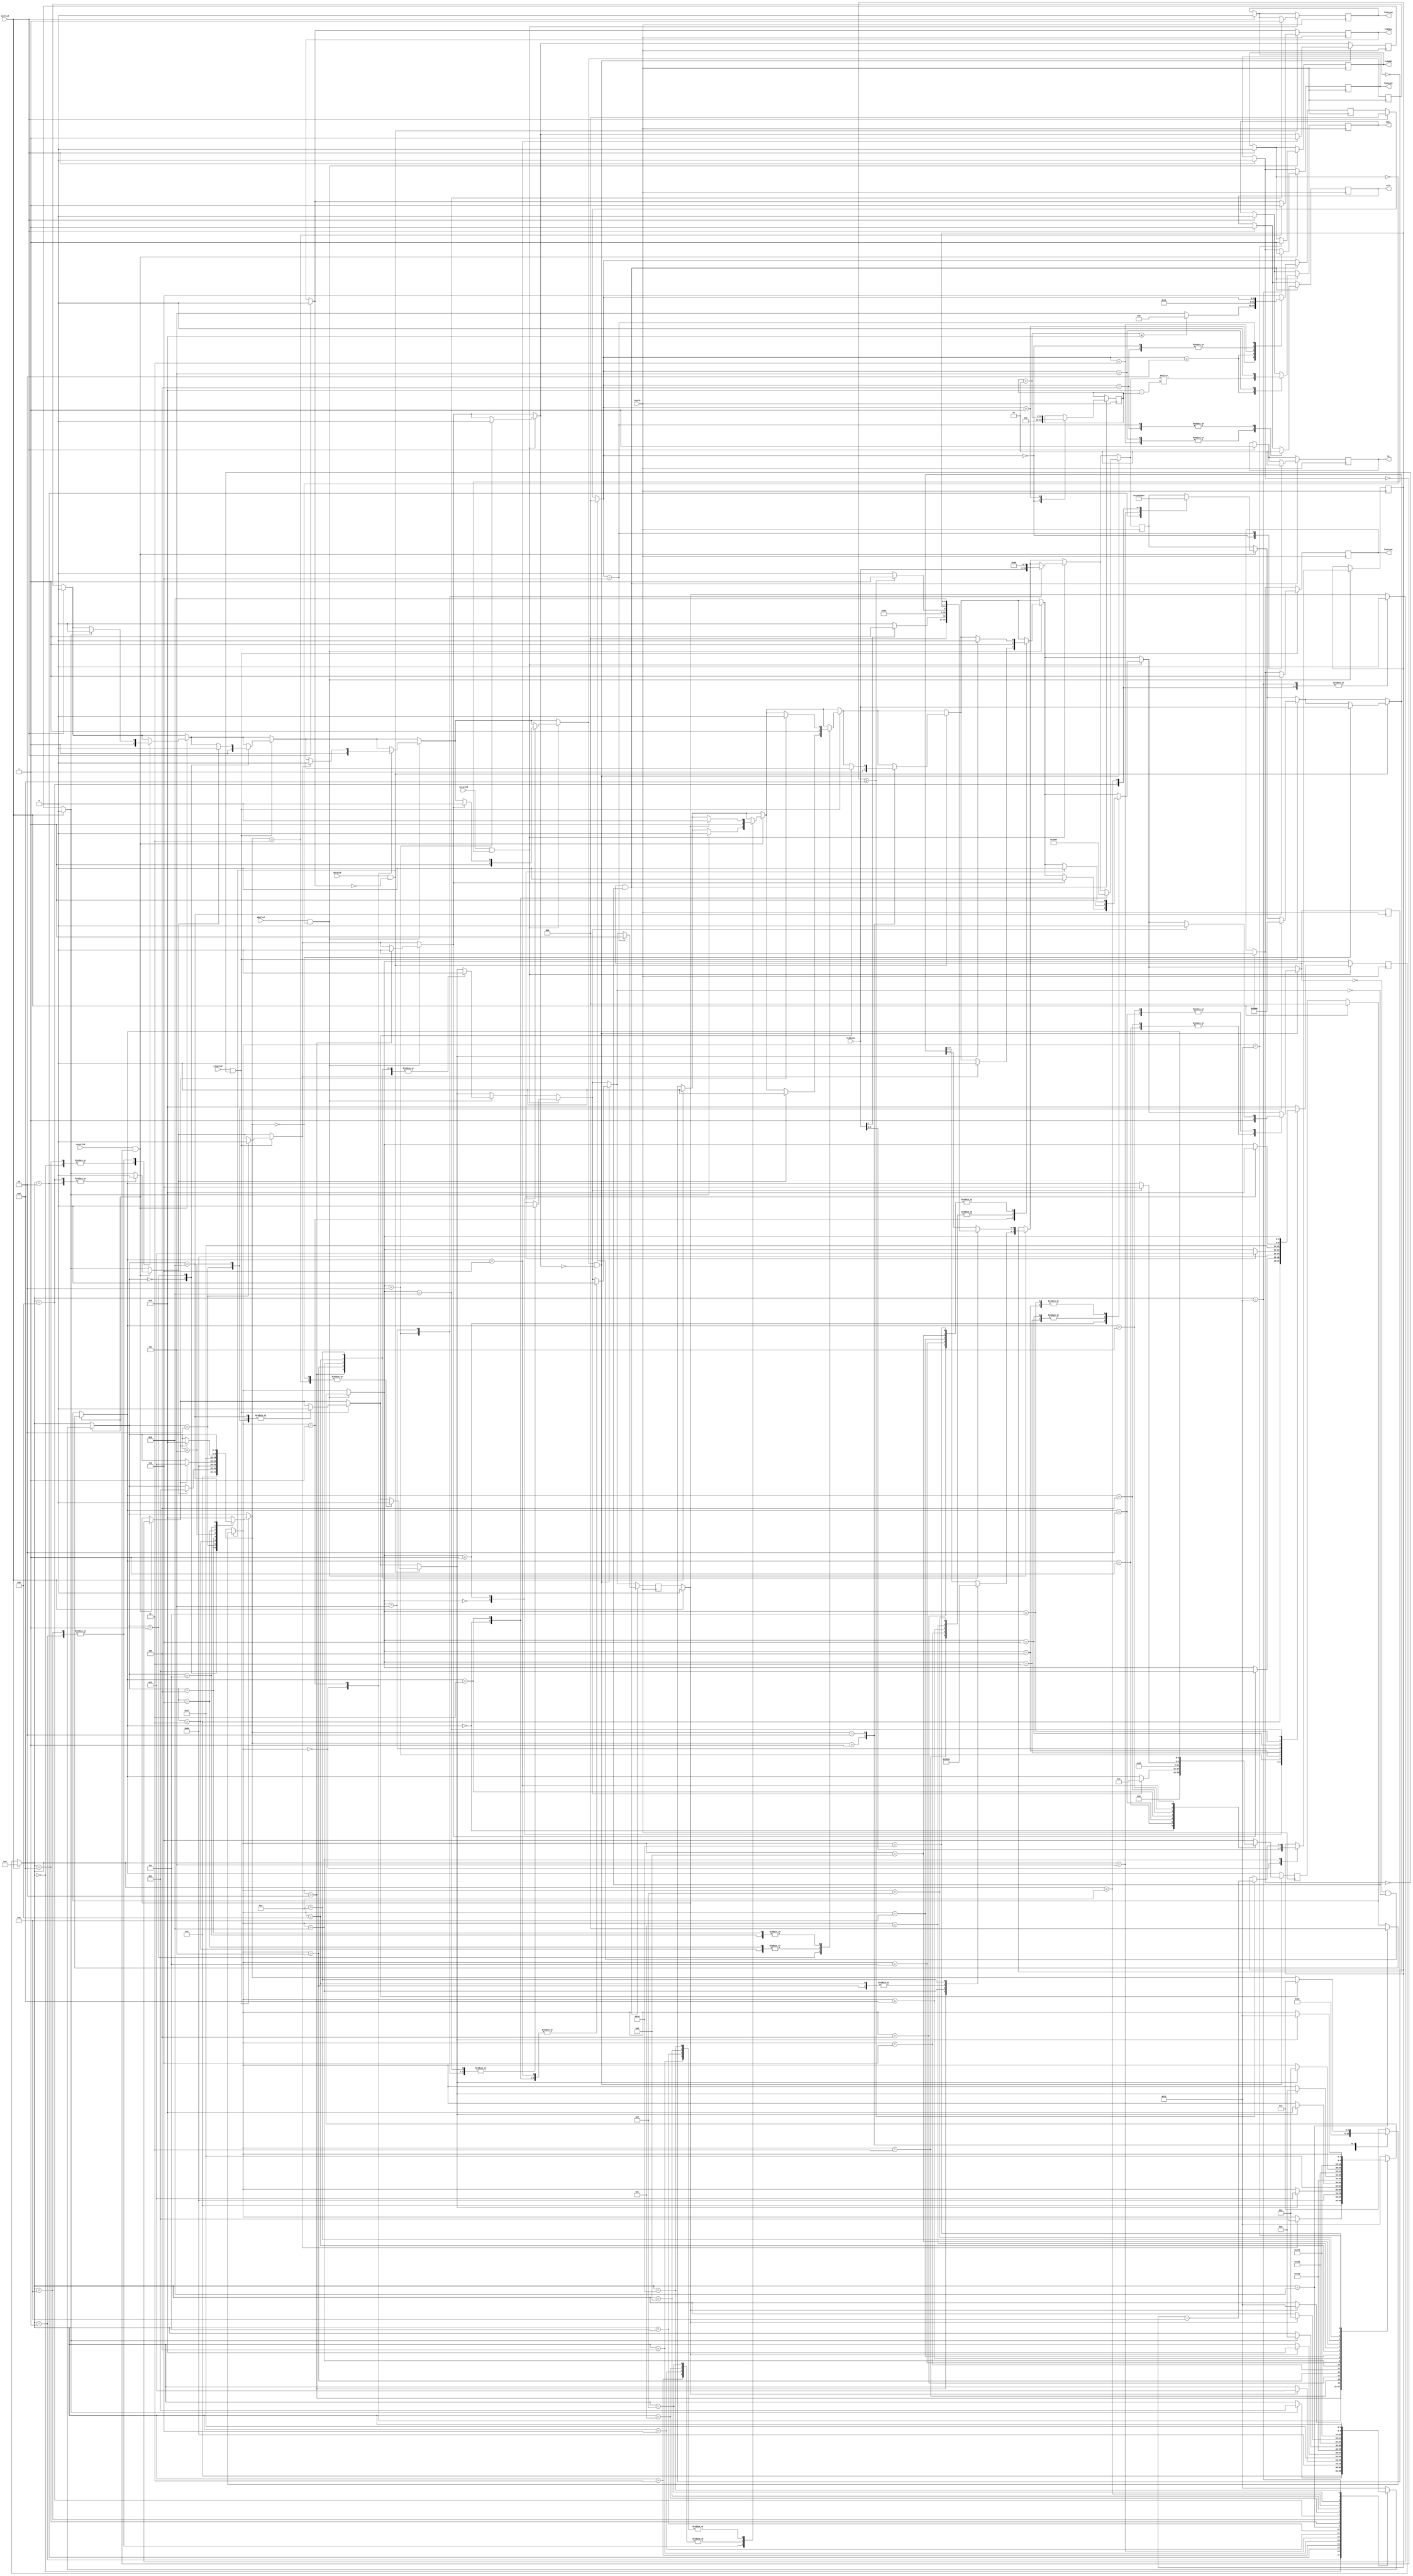
// Serial Interface Liquid Crystal Display clslcd.v
// c 2012 Embedded Design using Programmable Gate Arrays  Dennis Silage

module clslcd(input lcdclk, initlcd, resetlcd, clearlcd, datalcd,
				  input addrlcd, input eraselcd, output reg lcdreset,
				  output reg lcdclear, output reg lcddata, output reg lcdaddr,
				  output reg lcderase, output reg ss, output reg mosi,
				  output reg sclk, input [7:0] lcddatin);

integer i;

reg [4:0] lcdstate;		// state register
reg [2:0] prestate;		// prefix state register
reg [2:0] sndstate;		// send state register
reg [7:0] lcdd;			// LCD data 
reg [3:0] ddat;			// data
reg snddat;					// send data
reg datsnd;					// data sent
reg predat;					// send prefix data
reg datpre;					// prefix data sent
							
always@(posedge lcdclk)
	begin
	
//initialize	

	if (initlcd==1)
			begin
				lcdreset=0;
				lcdclear=0;
				lcddata=0;
				lcdaddr=0;
				lcderase=0;
				lcdstate=0;
				prestate=0;
				sndstate=0;
				snddat=0;
				datsnd=0;
				predat=0;
				datpre=0;
				ss=1;
				mosi=0;
				sclk=1;
			end
	
// reset LCD
 
		if (resetlcd==1 && lcdreset==0)
			begin
				case (lcdstate)
					0: begin
							predat=1;	//send prefix
							lcdstate=1;
						end
					1:	begin
							if (datpre==1)
								begin
									predat=0;
									snddat=0;
									lcdstate=2;
								end
						end
					2: begin
							datpre=0;	
							datsnd=0;
							lcdd=49;		//'1' LCD on
							lcdstate=3;
						end
					3: begin
							snddat=1;
							lcdstate=4;
						end
					4:	begin
							if (datsnd==1)
								begin
									snddat=0;
									lcdstate=5;
								end
						end
					5: begin
							datsnd=0;
							lcdd=101;	//'e'
							lcdstate=6;
						end
					6: begin
							snddat=1;
							lcdstate=7;
						end
					7: begin
							if (datsnd==1)
								begin
									snddat=0;
									lcdstate=8;
								end
						end
					8: begin
							datsnd=0;
							prestate=0;
							lcdstate=9;
						end
					9: begin
							predat=1;	//send prefix
							lcdstate=10;
						end
					10: begin
							if (datpre==1)
								begin
									predat=0;
									snddat=0;
									lcdstate=11;
								end
						end
					11: begin
							datpre=0;	
							datsnd=0;
							lcdd=48;		//'0' cursor off, blink off
							lcdstate=12;
						end
					12: begin
							snddat=1;
							lcdstate=13;
						end
					13: begin
							if (datsnd==1)
								begin
									snddat=0;
									lcdstate=14;
								end
						end
					14: begin
							datsnd=0;
							lcdd=99;		//'c'
							lcdstate=15;
						end
					15: begin
							snddat=1;
							lcdstate=16;
						end
					16: begin
							if (datsnd==1)
								begin
									snddat=0;
									lcdstate=17;
								end
						end
					17: begin
							datsnd=0;
							lcdreset=1;
						end
					default: lcdstate=17;
				endcase
			end

// clear and home LCD
 
		if (clearlcd==1 && lcdclear==0)
			begin
				case (lcdstate)
					0: begin
							predat=1;	//send prefix
							lcdstate=1;
						end
					1:	begin
							if (datpre==1)
								begin
									predat=0;
									snddat=0;
									lcdstate=2;
								end
						end
					2: begin
							datpre=0;	
							datsnd=0;
							lcdd=48;			//'0'
							lcdstate=3;
						end
					3: begin
							snddat=1;
							lcdstate=4;
						end
					4: begin
							if (datsnd==1)
								begin
									snddat=0;
									lcdstate=5;
								end
						end
					5: begin
							datsnd=0;
							lcdd=106;		//'j'
							lcdstate=6;
						end
					6: begin
							snddat=1;
							lcdstate=7;
						end
					7:	begin
							if (datsnd==1)
								begin
									snddat=0;
									lcdstate=8;
								end
						end
					8: begin
							datsnd=0;
							lcdclear=1;
						end
					default: lcdstate=8;
				endcase
			end
			
// send 8-bit data to LCD 

		if (datalcd==1 && lcddata==0)
			begin
				case (lcdstate)
					0: begin	
							datsnd=0;
							lcdd=lcddatin;		//8-bit character data
							lcdstate=1;
						end
					1: begin
							snddat=1;
							lcdstate=2;
						end
					2: begin
							if (datsnd==1)
								begin
									snddat=0;
									lcdstate=3;
								end
						end
					3: begin
							datsnd=0;
							lcddata=1;
							lcdstate=3;
						end
					default: lcdstate=3;
				endcase
			end

// set row and column LCD cursor address
 
		if (addrlcd==1 && lcdaddr==0)
			begin
				case (lcdstate)
					0: begin
							ddat[3:0]=lcddatin[3:0];
							predat=1;		//send prefix
							lcdstate=1;
						end
					1:	begin
							if (datpre==1)
								begin
									predat=0;
									snddat=0;
									lcdstate=2;
								end
						end
					2: begin
							datpre=0;	
							datsnd=0;					
							if (lcddatin[7]==0)
								lcdd=48;		//row '0'
							else
								lcdd=49;		//row '1'
							lcdstate=3;
						end
					3: begin
							snddat=1;
							lcdstate=4;
						end
					4: begin
							if (datsnd==1)
								begin
									snddat=0;
									lcdstate=5;
								end
						end
					5: begin
							datsnd=0;
							lcdd=59;			//';'
							lcdstate=6;
						end
					6: begin
							snddat=1;
							lcdstate=7;
						end
					7: begin
							if (datsnd==1)
								begin
									snddat=0;
									lcdstate=8;
								end
						end
					8: begin
							if (ddat>=9)
								begin
									lcdd=49;	//column MS ASCII digit '1'
									ddat=ddat-10;
								end
						   else
								lcdd=48;		//column MS ASCII digit '0'
							datsnd=0;
							lcdstate=9;
						end
					9: begin
							snddat=1;
							lcdstate=10;
						end
					10: begin
							if (datsnd==1)
								begin
									snddat=0;
									lcdstate=11;
								end
						end
					11: begin
							datsnd=0;				//column LS ASCII digit
							lcdd[7:4]=3;			//0011XXXX 30H ASCII bias
							lcdd[3:0]=ddat[3:0];	//XXXXnnnn 0-9 ASCII 
							lcdstate=12;
						end
					12: begin
							snddat=1;
							lcdstate=13;
						end
					13: begin
							if (datsnd==1)
								begin
									snddat=0;
									lcdstate=14;
								end
						end
					14: begin
							datsnd=0;
							lcdd=72;		//'H'
							lcdstate=15;
						end
					15: begin
							snddat=1;
							lcdstate=16;
						end
					16: begin
							if (datsnd==1)
								begin
									snddat=0;
									lcdstate=17;
								end
						end
					17: begin
							datsnd=0;
							lcdaddr=1;
						end
					default: lcdstate=17;
				endcase
			end

// erase LCD
 
		if (eraselcd==1 && lcderase==0)
			begin
				case (lcdstate)
					0: begin
							predat=1;		//send prefix
							lcdstate=1;
						end
					1:	begin
							if (datpre==1)
								begin
									predat=0;
									snddat=0;
									lcdstate=2;
								end
						end
					2: begin
							datpre=0;	
							datsnd=0;
							lcdd=lcddatin;	//'0', '1', or '2'	
							lcdstate=3;
						end
					3: begin
							snddat=1;
							lcdstate=4;
						end
					4: begin
							if (datsnd==1)
								begin
									snddat=0;
									lcdstate=5;
								end
						end
					5: begin
							datsnd=0;
							lcdd=75;			//'K'
							lcdstate=6;
						end
					6: begin
							snddat=1;
							lcdstate=7;
						end
					7: begin
							if (datsnd==1)
								begin
									snddat=0;
									lcdstate=8;
								end
						end
					8: begin
							datsnd=0;
							lcderase=1;
						end
					default: lcdstate=8;
				endcase
			end
			
// send prefix ESC[
		
		if (predat==1 && datpre==0)
			begin
				
				case (prestate)
					0: begin
							datsnd=0;
							lcdd=27;		//ESC
							prestate=1;
						end
					1: begin
							snddat=1;
							prestate=2;
						end
					2:	begin
							if (datsnd==1)
								begin
									snddat=0;
									prestate=3;
								end
						end
					3: begin
							datsnd=0;
							lcdd=91;		//[
							prestate=4;
						end
					4: begin
							snddat=1;
							prestate=5;
						end
					5: begin
							if (datsnd==1)
								begin
									snddat=0;
									prestate=6;
								end
						end
					6: begin
							datsnd=0;									
							datpre=1;
						end
					default: prestate=6;
				endcase
			end

// reset send data state
			
		if (snddat==0 && datsnd==0)	
			sndstate=0;
			
// send SPI 8-bit data	
			
		if (snddat==1 && datsnd==0)
			begin
				case (sndstate)
					0: begin
							i=0;
							ss=0;
							sndstate=1;
						end
					1: begin
							i=i+1;
							if (i<=8)
								sndstate=2;
							else
								sndstate=5;
						end
					2:	begin
							mosi=lcdd[8-i];	//MSB first
							sndstate=3;
						end
					3: begin
							sclk=0;
							sndstate=4;
						end
					4: begin
							sclk=1;
							sndstate=1;
						end
					5: begin
							sclk=0;
							mosi=0;
							sndstate=6;
						end
					6: begin
							ss=1;
							sclk=1;
							datsnd=1;
						end
					default: sndstate=6;
				endcase
			end
	end
	
endmodule